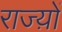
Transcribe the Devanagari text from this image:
राज्य़ों